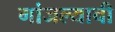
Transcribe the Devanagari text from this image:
गांजल्याची